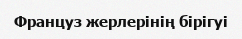
Француз жерлерінің бірігуі